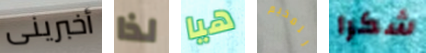
أخبرينى لذا هيا للمخيم شكرا